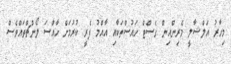
މިހާރު އަލްޝާލީ މެރިންއިން ގެސްޓް ހައުސްތަކާއި އާއްމު ފެރީ ކުރުމަށް ހާއްސަ ލޯންޗްތައްވެސް